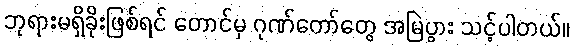
ဘုရားမရှိခိုးဖြစ်ရင် တောင်မှ ဂုဏ်တော်တွေ အမြဲပွား သင့်ပါတယ်။